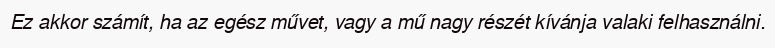
Ez akkor számít, ha az egész művet, vagy a mű nagy részét kívánja valaki felhasználni.